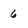
Character: 6